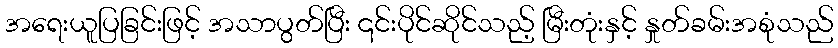
အရေးယူပြခြင်းဖြင့် အသာပွတ်ပြီး ၎င်းပိုင်ဆိုင်သည့် မြီးတုံးနှင့် နှုတ်ခမ်းအစုံသည်